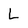
Character: L